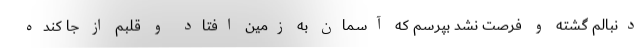
دنبالم گشته و فرصت نشد بپرسم که آسمان به زمین افتاد و قلبم از جا کنده